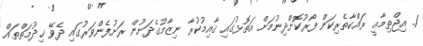
1. އިޖްތިމާޢީ ރައްކާތެރިކަން ފޯރުކޮށްދިނުމަށް އަތޮޅުގައި ޤާއިމުކުރާ ނިޒާމުގެދަށުން ރަށުފެންވަރުގައި ދެވޭ ޚިދުމަތްތައް